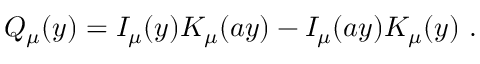
Q _ { \mu } ( y ) = I _ { \mu } ( y ) K _ { \mu } ( a y ) - I _ { \mu } ( a y ) K _ { \mu } ( y ) ~ .